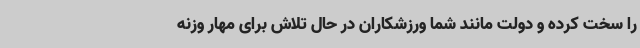
را سخت کرده و دولت مانند شما ورزشکاران در حال تلاش برای مهار وزنه